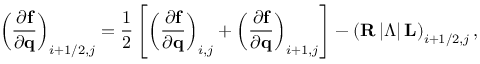
\left( \frac { \partial \mathbf { f } } { \partial \mathbf { q } } \right) _ { i + 1 / 2 , j } = \frac { 1 } { 2 } \left[ \left( \frac { \partial \mathbf { f } } { \partial \mathbf { q } } \right) _ { i , j } + \left( \frac { \partial \mathbf { f } } { \partial \mathbf { q } } \right) _ { i + 1 , j } \right] - \left( \mathbf { R } \left| \boldsymbol { \Lambda } \right| \mathbf { L } \right) _ { i + 1 / 2 , j } ,